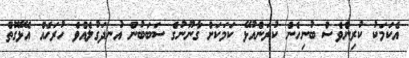
އެކަމަކު ކުރިންވެސް ބުނިހެން ކުރަންއުޅޭ ކަމަކަށް ގާނޫނުގެ ސަބަބުން އުނދަގުލެއްވެ ހުރަހެއް އެޅޭގޮތް